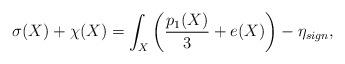
LaTeX: \begin{align*} \sigma(X) + \chi(X) = \int_X \left( \frac{p_1 (X)}{3} + e(X)\right) - \eta_{sign}, \end{align*}